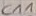
Text: C11